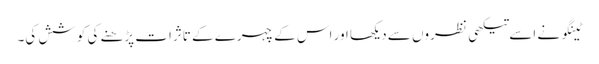
ٹینگو نے اسے تیکھی نظروں سے دیکھا اور اس کے چہرے کے تاثرات پڑھنے کی کوشش کی۔